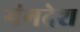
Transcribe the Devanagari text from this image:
गंगदेश